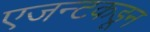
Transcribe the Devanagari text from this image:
एजन्टकडून